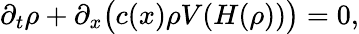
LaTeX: \partial_{t}\rho+\partial_{x}\bigl(c(x)\rho V(H(\rho))\bigr)=0,